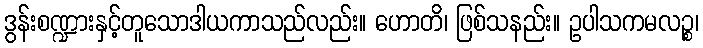
ဒွန်းစဏ္ဍားနှင့်တူသောဒါယကာသည်လည်း။ ဟောတိ၊ ဖြစ်သနည်း။ ဥပါသကမလဉ္စ၊